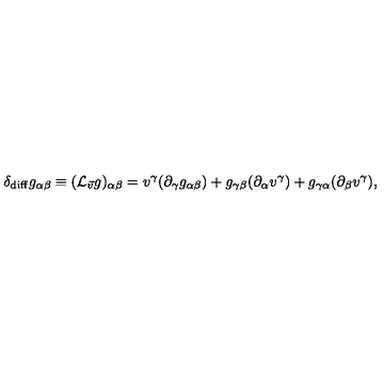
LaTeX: \delta _ { \mathrm { d i f f } } g _ { \alpha \beta } \equiv ( { \cal L } _ { \vec { v } } g ) _ { \alpha \beta } = v ^ { \gamma } ( \partial _ { \gamma } g _ { \alpha \beta } ) + g _ { \gamma \beta } ( \partial _ { \alpha } v ^ { \gamma } ) + g _ { \gamma \alpha } ( \partial _ { \beta } v ^ { \gamma } ) ,